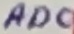
Text: AD0